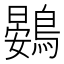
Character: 鷃